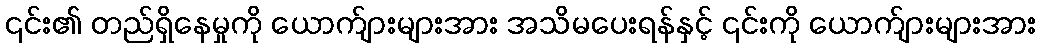
၎င်း၏ တည်ရှိနေမှုကို ယောက်ျားများအား အသိမပေးရန်နှင့် ၎င်းကို ယောက်ျားများအား